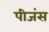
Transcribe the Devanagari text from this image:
पीजंस